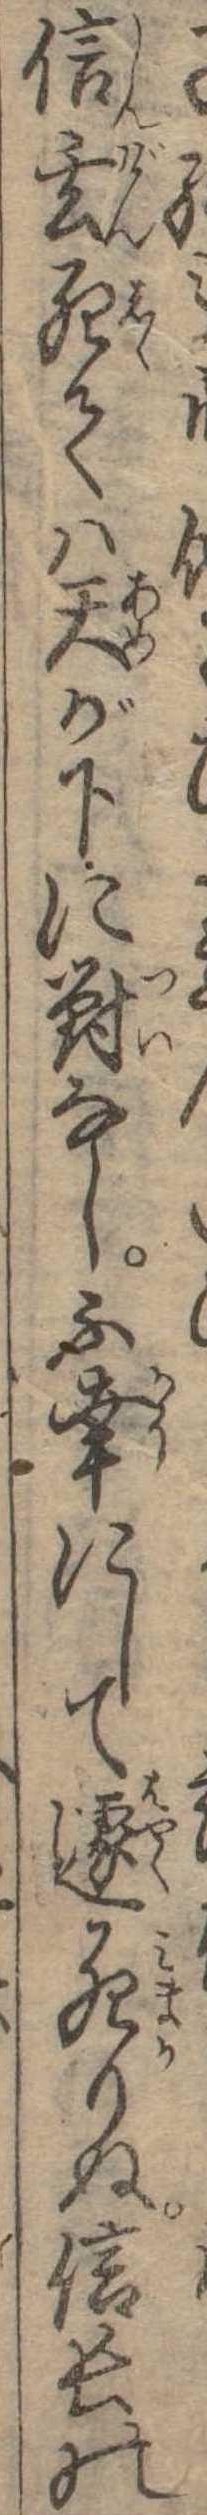
信玄死ては天が下に対なし不幸にして遽死りぬ信長の